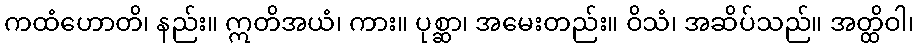
ကထံဟောတိ၊ နည်း။ ဣတိအယံ၊ ကား။ ပုစ္ဆာ၊ အမေးတည်း။ ဝိသံ၊ အဆိပ်သည်။ အတ္ထိဝါ၊